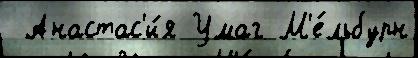
 Анастас'и́я Умаг М'е́льбурн